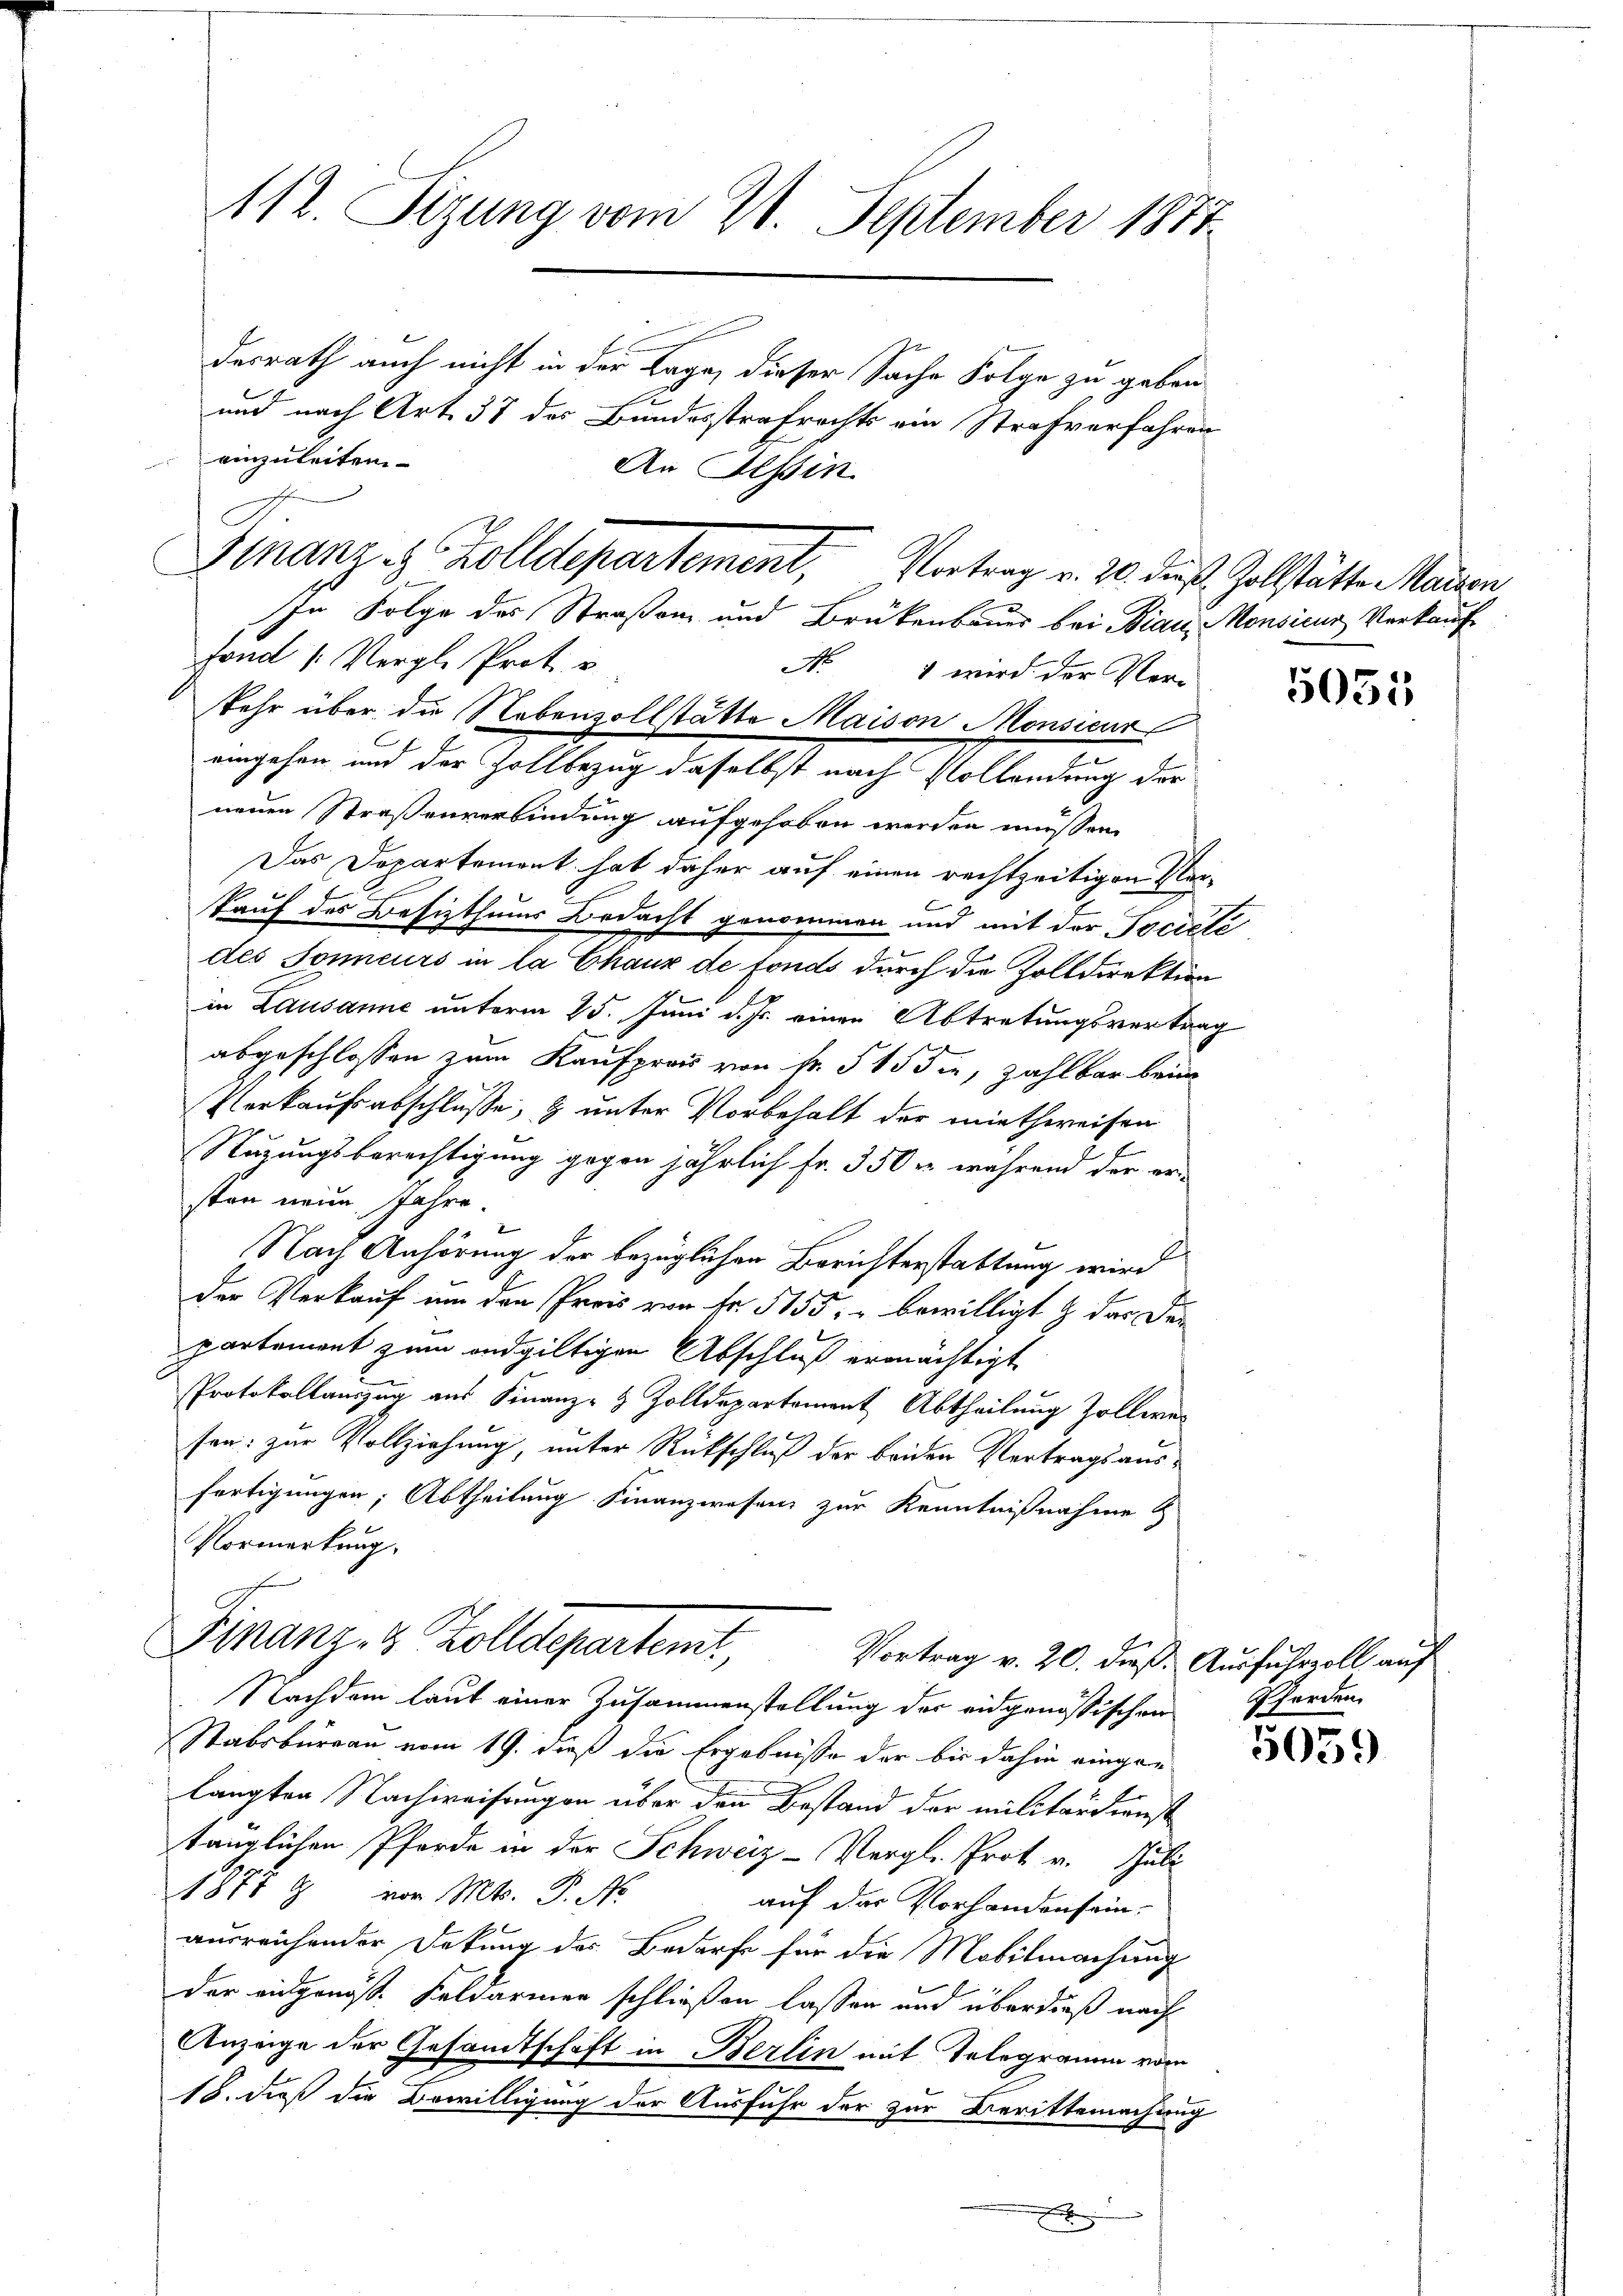
112. Sizung vom 20. September 1877

Finanze Zolldepartement, Vortrag v. 20. dieß. Zollstätte Maien
In Folge des Straßen und Brükenbauer bei Brau Monsicus Verkauf
fond /: Vergl. Prot. u
N
1 wird der Ver-
kehr über die Nebenvollstätte Maison Monsieur
eingehen und der Zollbezug daselbst nach Vollendung der

neuen Straßenverbindung aufgehoben werden müssen.
Das Departement hat daher auf einen rechtzeitigen Verkauf des Besitzthums Bedacht genommen und mit der Tocieté
des Sonneurs in la Chaux de fonds durch die Zolldirektion
in Lausanne unterm 25. Juni d. Js. einen Abtretungsvertrag
abgeschlossen zum Kaufpreis von fr. 515 die, zahlbar beim
Verkaufsabschlüsse, & unter Vorbehalt der miethweisen
Nuzungsberechtigung gegen jährlich Fr. 350 u. während der ersten neun Jahre.
Nach Anhörung der bezüglichen Berichterstattung wird
der Verkauf um den Preis von Fr. 555, bewilligt & der der
partement zum endgültigen Abschluß ermächtigt
Protokollauszug aus Finanz- & Zolldepartement Abtheilung Zollerer
sen: zur Vollziehung, unter Rückschluß der beiden Vertrags ausfortigungen, Abtheilung Finanzwesen zur Kenntnißnahme &
Vormerkung.
Finanz- & Zolldepartemt
Vortrag v. 20. dieß. Ausfuhrvoll auf
Nachdem laut einer Zusammenstellung der eidgenößischen Pferden
Stabsbureau vom 19. dieß die Ergebnisse der bis dahin eingelangten Nachweisungen über den Bestand der militärdienst
tänglichen Pferde in der Schweiz-Vergl. Prot. v. Juli
1877 9 von Mts. P. Nr.
auf der Vorhandenseinausreichender Dekung des Bedarfe für die Mobilmachung
der eidgenöst. Feldarmen schließen lassen und überdieß nach
Anzeige der Gesandtschaft in Berlin mit Telegramm vom
18. dieß die Bewilligung der Ausfuhr der zur Berittemachung
x

desrath auch nicht in der Lage, dieser Sache Folge zu geben
und nach Art. 37 des Bundesstrafrechts ein Strafverfahren
einzuleiten
An Tessin

5055

5059